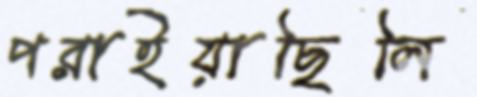
পরাইয়াছিলি